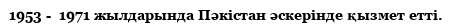
1953 -  1971 жылдарында Пәкістан әскерінде қызмет етті.